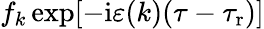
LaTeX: f_{k}\exp[-\mathrm{i}\varepsilon(k)(\tau-\tau_{\mathrm{r}})]